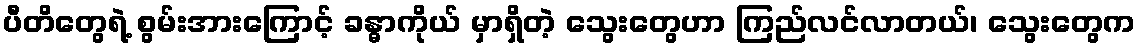
ပီတိတွေရဲ့ စွမ်းအားကြောင့် ခန္ဓာကိုယ် မှာရှိတဲ့ သွေးတွေဟာ ကြည်လင်လာတယ်၊ သွေးတွေက